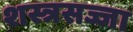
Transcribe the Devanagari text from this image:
शस्त्रसज्जा